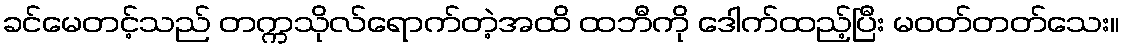
ခင်မေတင့်သည် တက္ကသိုလ်ရောက်တဲ့အထိ ထဘီကို ဒေါက်ထည့်ပြီး မဝတ်တတ်သေး။